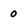
Character: 0